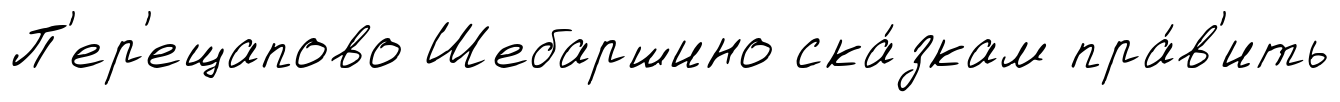
П'ер'ещапово Шебаршино ска́зкам пра́в'ить